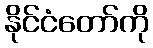
နိုင်ငံတော်ကို